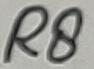
Text: R8